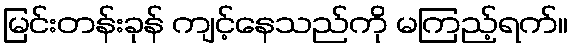
မြင်းတန်းခုန် ကျင့်နေသည်ကို မကြည့်ရက်။